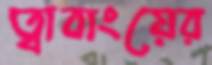
ত্বাবাংয়ের